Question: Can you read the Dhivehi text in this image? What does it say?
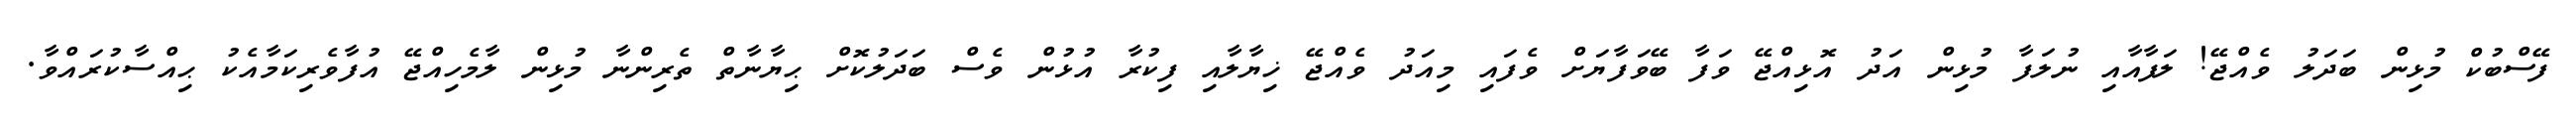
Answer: ފޭސްބުކް މުޅިން ބަދަލު ވެއްޖޭ! ލަފާއާއި ނުލަފާ މުޅިން އަދު އޮޅިއްޖޭ ވަފާ ބޭވަފާޔަށް ވެފައި މިއަދު ވެއްޖޭ ޚިޔާލާއި ފިކުރާ އުޅުން ވެސް ބަދަލުކޮށް ޙިޔާނާތް ތެރިންނާ މުޅިން ލާމެހިއްޖޭ އުފާވެރިކަމާއެކު ޙިއްސާކުރައްވާ.